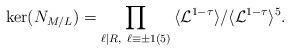
LaTeX: \begin{align*}\ker(N_{M/L})=\prod_{\ell\mid R,\ \ell\equiv\pm 1(5)}\,\langle\mathcal{L}^{1-\tau}\rangle/\langle\mathcal{L}^{1-\tau}\rangle^5.\end{align*}